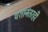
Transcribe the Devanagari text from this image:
यशानंतरही